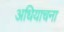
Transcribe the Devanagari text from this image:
अधियाचना